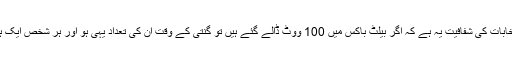
انہوںنے کہاکہ انتخابات کی شفافیت یہ ہے کہ اگر بیلٹ باکس میں 100 ووٹ ڈالے گئے ہیں تو گنتی کے وقت ان کی تعداد یہی ہو اور ہر شخص ایک ہی ووٹ ڈال سکے۔